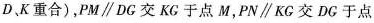
D、K重合)，PM\parallel DG交KG于点M，PN\parallel KG交DC于点